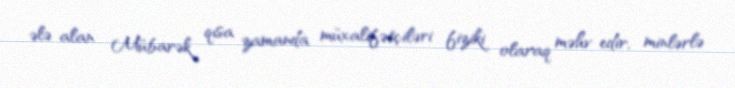
ələ alan Mübarək qısa zamanda müxalifətçiləri fiziki olaraq məhv edir, minlərlə